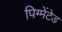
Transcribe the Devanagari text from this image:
पिग्मेंटेड